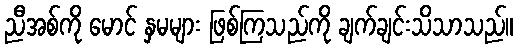
ညီအစ်ကို မောင် နှမများ ဖြစ်ကြသည်ကို ချက်ချင်းသိသာသည်။